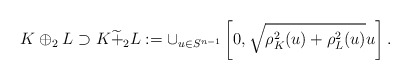
\begin{align*}K\oplus_2L\supset K \widetilde{+}_2L:=\cup_{u\in S^{n-1}}\left[0,\sqrt{\rho_K^2(u)+\rho_L^2(u)}u\right].\end{align*}